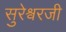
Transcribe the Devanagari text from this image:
सुरेश्वरजी